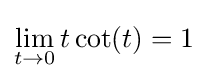
\lim _{t\to 0}t\cot(t)=1